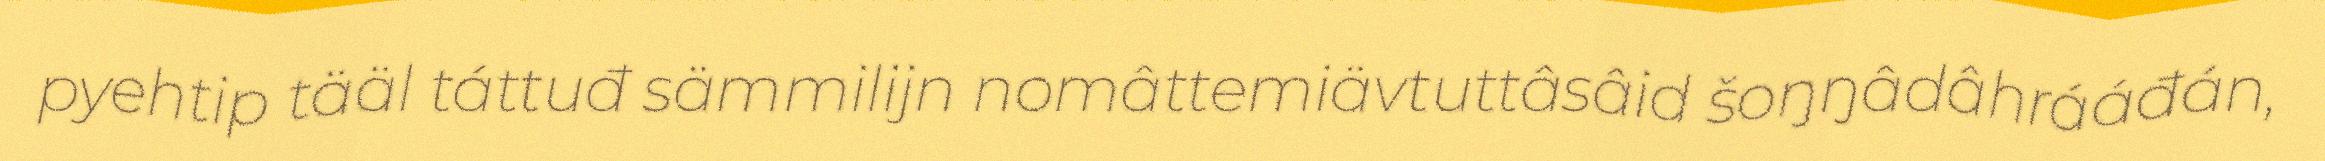
pyehtip tääl táttuđ sämmilijn nomâttemiävtuttâsâid šoŋŋâdâhrááđán,